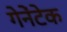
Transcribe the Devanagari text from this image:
गेनेंटेक